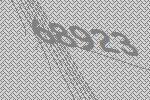
68923